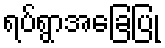
ရပ်ရွာအခြေပြု